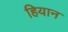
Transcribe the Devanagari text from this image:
हियान